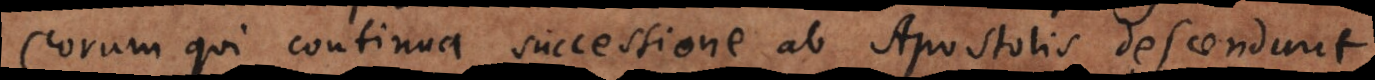
eorum qui continua successione ab Apostolis descendunt.